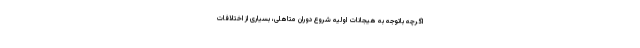
اگرچه باتوجه به هیجانات اولیه شروع دوران متاهلی، بسیاری از اختلافات